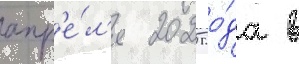
апр'е́л'я 2025 го́да в